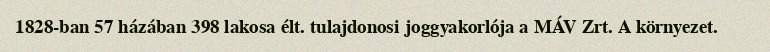
1828-ban 57 házában 398 lakosa élt. tulajdonosi joggyakorlója a MÁV Zrt. A környezet.